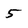
Character: 5